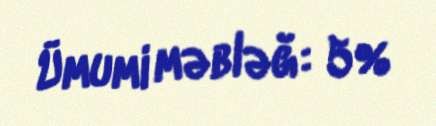
Ümumi məbləğ: 5%